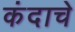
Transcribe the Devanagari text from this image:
कंदाचे